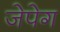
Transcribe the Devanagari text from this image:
जेपेग